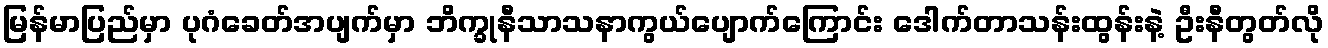
မြန်မာပြည်မှာ ပုဂံခေတ်အပျက်မှာ ဘိက္ခုနီသာသနာကွယ်ပျောက်ကြောင်း ဒေါက်တာသန်းထွန်းနဲ့ ဦးနီတွတ်လို